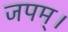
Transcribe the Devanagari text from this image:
जपम्‌।